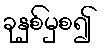
ခုနှစ်မှစ၍